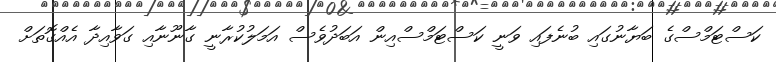
ކަސްޓަމްސްގެ ބަޔާނުގައި ބުނެފައި ވަނީ ކަސްޓަމްސްއިން އަބަދުވެސް އަމަލުކުރާނީ ގާނޫނާއި ގަވާއިދާ އެއްގޮތަށް